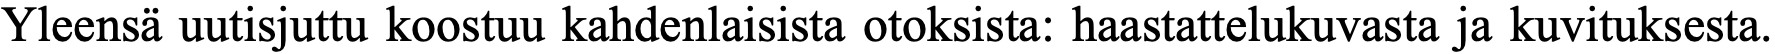
Yleensä uutisjuttu koostuu kahdenlaisista otoksista: haastattelukuvasta ja kuvituksesta.